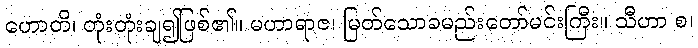
ဟောတိ၊ တုံးတုံးချ၍ဖြစ်၏။ မဟာရာဇ၊ မြတ်သောခမည်းတော်မင်းကြီး။ သီဟာ စ၊